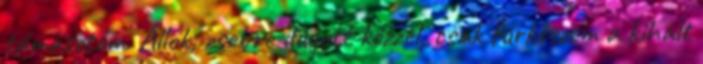
támasztom. Állok, zsebre dugott kézzel, csak fürkészem a kihalt